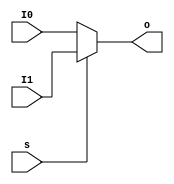
`timescale 1ps / 1ps
//////////////////////////////////////////////////////////////////////////////////
// Company: 
// Engineer: 
// 
// Design Name: 
// Module Name: Mux2to1b32
// Project Name: 
// Target Devices: 
// Tool Versions: 
// Description: 
// 
// Dependencies: 
// 
// Revision:
// Revision 0.01 - File Created
// Additional Comments:
// 
//////////////////////////////////////////////////////////////////////////////////


module Mux2to1b32(
		input s,
		input [31:0] I0,
		input [31:0] I1,
		output [31:0] o
    );
	assign o = s ? I1 : I0;

endmodule